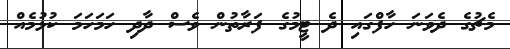
މެޗުގެ ދެވަނަ ހާފްގައި ދެ ޓީމުގެ ފަރާތުން ވެސް ދާދި ހަމަހަމަ ކުޅުމެއް